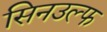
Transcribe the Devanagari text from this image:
सिनउल्फ